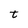
Character: t